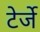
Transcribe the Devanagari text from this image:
टेर्जे